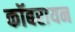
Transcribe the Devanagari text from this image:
कॉबरायन